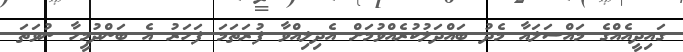
ގައިދީއެއްގެ މައްސަލައާ މެދު ބައްދަލުކުރެއްވުމަށް އެދިލިއްވާ ފުރަތަމަ ފަހަރު އެ ބަންދުމީހާ ނުވަތަ